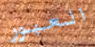
العبور